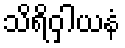
သိရိဝှါယနံ